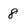
Character: 8